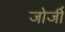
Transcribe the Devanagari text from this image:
जोर्जी